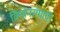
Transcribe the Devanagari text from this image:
विमानसंघाची